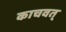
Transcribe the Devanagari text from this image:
काचवत्